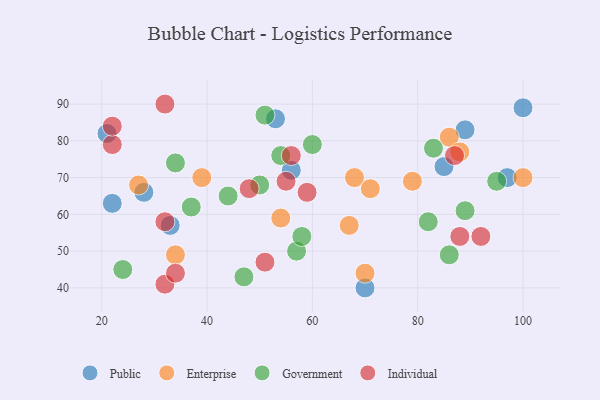
{"axis": {"x": "GDP", "y": "Life Expectancy"}, "legend": ["Enterprise", "Government", "Individual", "Public"], "data": [{"x": "70", "y": 40, "type": "Public"}, {"x": "33", "y": 57, "type": "Public"}, {"x": "28", "y": 66, "type": "Public"}, {"x": "100", "y": 89, "type": "Public"}, {"x": "89", "y": 83, "type": "Public"}, {"x": "85", "y": 73, "type": "Public"}, {"x": "21", "y": 82, "type": "Public"}, {"x": "22", "y": 63, "type": "Public"}, {"x": "97", "y": 70, "type": "Public"}, {"x": "56", "y": 72, "type": "Public"}, {"x": "53", "y": 86, "type": "Public"}, {"x": "86", "y": 81, "type": "Enterprise"}, {"x": "68", "y": 70, "type": "Enterprise"}, {"x": "54", "y": 59, "type": "Enterprise"}, {"x": "39", "y": 70, "type": "Enterprise"}, {"x": "34", "y": 49, "type": "Enterprise"}, {"x": "79", "y": 69, "type": "Enterprise"}, {"x": "88", "y": 77, "type": "Enterprise"}, {"x": "71", "y": 67, "type": "Enterprise"}, {"x": "67", "y": 57, "type": "Enterprise"}, {"x": "100", "y": 70, "type": "Enterprise"}, {"x": "70", "y": 44, "type": "Enterprise"}, {"x": "27", "y": 68, "type": "Enterprise"}, {"x": "60", "y": 79, "type": "Government"}, {"x": "82", "y": 58, "type": "Government"}, {"x": "54", "y": 76, "type": "Government"}, {"x": "86", "y": 49, "type": "Government"}, {"x": "37", "y": 62, "type": "Government"}, {"x": "34", "y": 74, "type": "Government"}, {"x": "44", "y": 65, "type": "Government"}, {"x": "95", "y": 69, "type": "Government"}, {"x": "89", "y": 61, "type": "Government"}, {"x": "47", "y": 43, "type": "Government"}, {"x": "83", "y": 78, "type": "Government"}, {"x": "50", "y": 68, "type": "Government"}, {"x": "57", "y": 50, "type": "Government"}, {"x": "58", "y": 54, "type": "Government"}, {"x": "24", "y": 45, "type": "Government"}, {"x": "51", "y": 87, "type": "Government"}, {"x": "87", "y": 76, "type": "Individual"}, {"x": "56", "y": 76, "type": "Individual"}, {"x": "92", "y": 54, "type": "Individual"}, {"x": "32", "y": 58, "type": "Individual"}, {"x": "32", "y": 41, "type": "Individual"}, {"x": "59", "y": 66, "type": "Individual"}, {"x": "22", "y": 79, "type": "Individual"}, {"x": "51", "y": 47, "type": "Individual"}, {"x": "88", "y": 54, "type": "Individual"}, {"x": "22", "y": 84, "type": "Individual"}, {"x": "34", "y": 44, "type": "Individual"}, {"x": "55", "y": 69, "type": "Individual"}, {"x": "48", "y": 67, "type": "Individual"}, {"x": "32", "y": 90, "type": "Individual"}]}